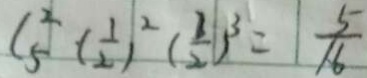
C _ { 5 } ^ { 2 } ( \frac { 1 } { 2 } ) ^ { 2 } ( \frac { 3 } { 2 } ) ^ { 3 } = \frac { 5 } { 1 6 }